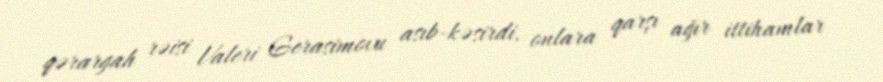
qərargah rəisi Valeri Gerasimovu asıb-kəsirdi, onlara qarşı ağır ittihamlar